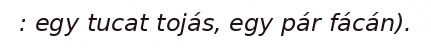
: egy tucat tojás, egy pár fácán).